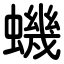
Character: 蟣